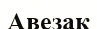
Авезак